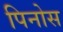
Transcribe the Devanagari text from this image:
पिनोस